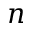
n